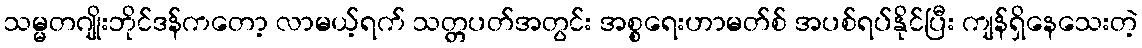
သမ္မတဂျိုးဘိုင်ဒန်ကတော့ လာမယ့်ရက် သတ္တပတ်အတွင်း အစ္စရေးဟာမတ်စ် အပစ်ရပ်နိုင်ပြီး ကျန်ရှိနေသေးတဲ့